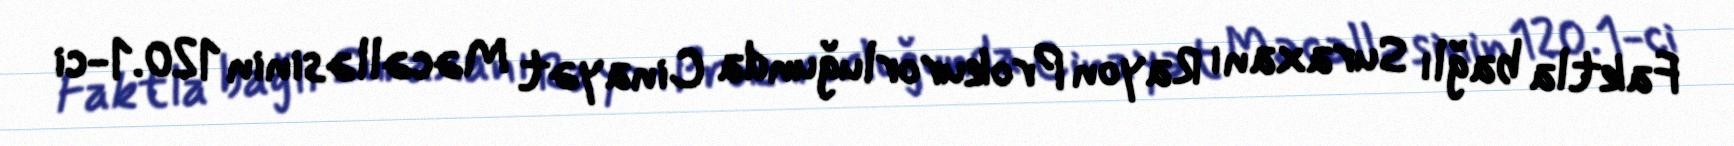
Faktla bağlı Suraxanı Rayon Prokurorluğunda Cinayət Məcəlləsinin 120.1-ci